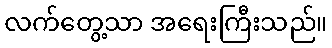
လက်တွေ့သာ အရေးကြီးသည်။